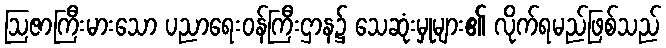
ဩဇာကြီးမားသော ပညာရေးဝန်ကြီးဌာန၌ သေဆုံးမှုများ၏ လိုက်ရမည်ဖြစ်သည်